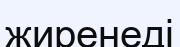
жиренеді